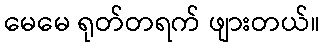
မေမေ ရုတ်တရက် ဖျားတယ်။